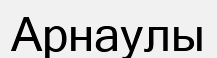
Арнаулы